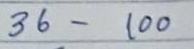
36 - 100